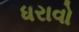
ધરાવો